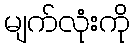
မျက်လုံးကို